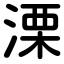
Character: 溧